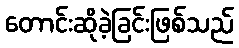
တောင်းဆိုခဲ့ခြင်းဖြစ်သည်